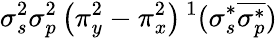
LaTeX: \sigma_{s}^{2}\sigma_{p}^{2}\left(\pi_{y}^{2}-\pi_{x}^{2}\right){}\, ^{1}(\sigma_{s}^{*}\overline{{\sigma_{p}^{*}}})